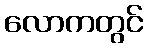
လောကတွင်